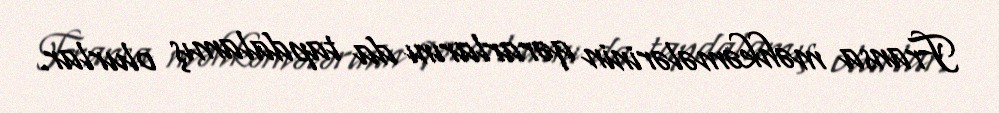
Fransa məhkəmələrinin qərarlarını da tapdalamış olurlar.